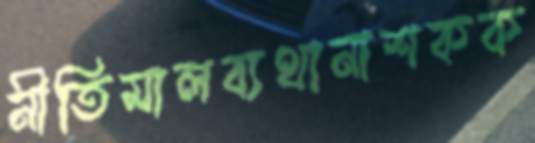
নীতিমালব্যথানাশকক